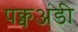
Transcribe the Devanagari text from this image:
पक्वअंडी